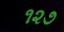
૧૨૭